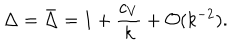
LaTeX: \Delta = \bar { \Delta } = 1 + { \frac { c _ { V } } { k } } + { \cal O } ( k ^ { - 2 } ) .